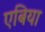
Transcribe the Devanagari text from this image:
एबिया